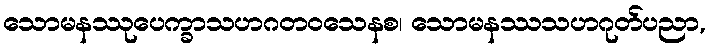
သောမနဿုပေက္ခာသဟဂတဝသေနစ၊ သောမနဿသဟဂုတ်ပညာ,